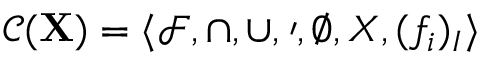
{ \mathcal { C } } ( \mathbf { X } ) = \langle { \mathcal { F } } , \cap , \cup , \prime , \emptyset , X , ( f _ { i } ) _ { I } \rangle